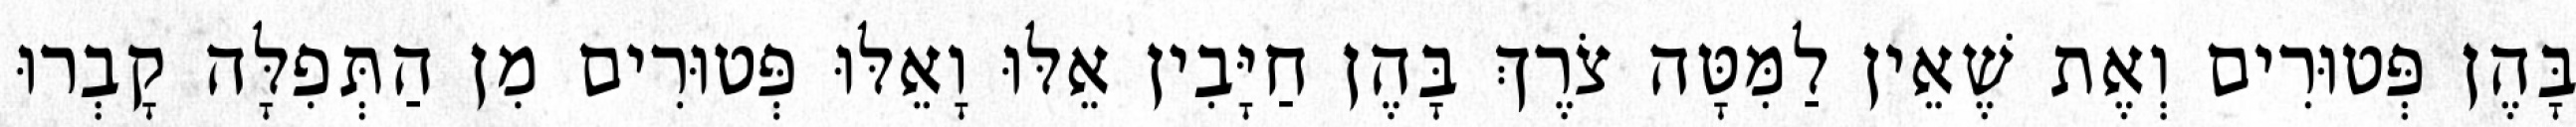
בָּהֶן פְּטוּרִים וְאֶת שֶׁאֵין לַמִּטָּה צֹרֶךְ בָּהֶן חַיָּבִין אֵלּוּ וָאֵלּוּ פְּטוּרִים מִן הַתְּפִלָּה קָבְרוּ